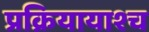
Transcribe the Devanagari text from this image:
प्रक्रियायाश्च